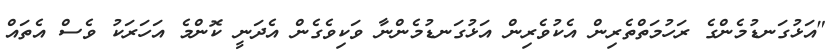
"އަޅުގަނޑުމެންގެ ރަހުމަތްތެރިން އެކުވެރިން އަޅުގަނޑުމެންނާ ވަކިވެގެން އެދަނީ ކޮންމެ އަހަރަކު ވެސް އެތައް